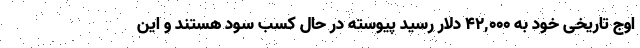
اوج تاریخی خود به ۴۲,۰۰۰ دلار رسید پیوسته در حال کسب سود هستند و این